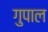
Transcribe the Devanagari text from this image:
गुपाल